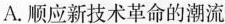
A.顺应新技术革命的潮流